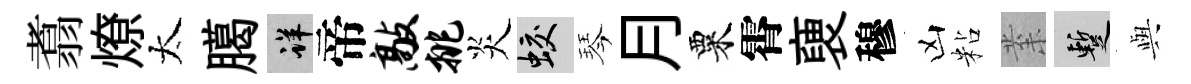
翥燎太臈详帝敲挑炎蛟琴月粟霄褏穆凶粘𭪙暫𫤰